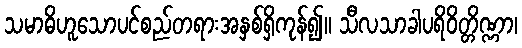
သမာဓိဟူသောပင်စည်တရားအနှစ်ရှိကုန်၍။ သီလသာခါပရိဝိတ္တိဏ္ဏာ၊